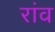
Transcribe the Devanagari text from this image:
रांव